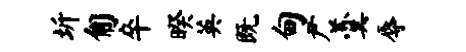
圻匍卒暌英既甸尹羹辱